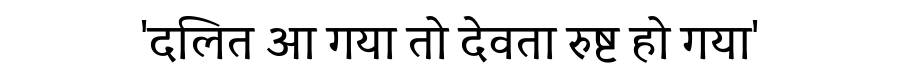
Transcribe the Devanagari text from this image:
'दलित आ गया तो देवता रुष्ट हो गया'